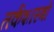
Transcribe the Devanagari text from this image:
तर्कशास्त्रों